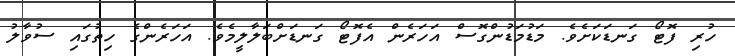
ހުރި ފޮޓޯ ގަނޑަކަށެވެ. މަޑުމަޑުންގޮސް އަހަރެން އެފޮޓޯ ގަނޑަށްބަލާލީމެވެ. އަހަރެންގެ ހިތުގައި ސުވާލު